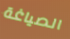
الصياغة